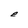
Character: e